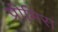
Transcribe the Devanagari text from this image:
प्रीमिरा